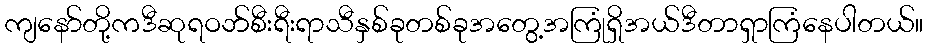
ကျနော်တို့ကဒီဆုရဝဘ်စီးရီးရာသီနှစ်ခုတစ်ခုအတွေ့အကြုံရှိအယ်ဒီတာရှာကြံနေပါတယ်။